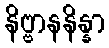
နိဗ္ဗာနနိန္နာ